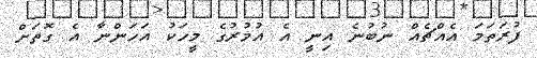
ފުރަތަމަ އެއްޗެއް ނުބުނެ އިނީ އެ އުމުރުގެ މީހަކު އަހަންނާ އެ ގޮތަށް